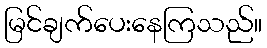
မြင်ချက်ပေးနေကြသည်။